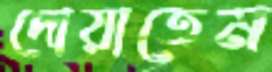
দোয়াতেম